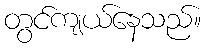
တွင်ကျယ်နေသည်။